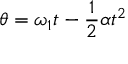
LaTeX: \theta = \omega _ { 1 } t - { \frac { 1 } { 2 } } \alpha t ^ { 2 }